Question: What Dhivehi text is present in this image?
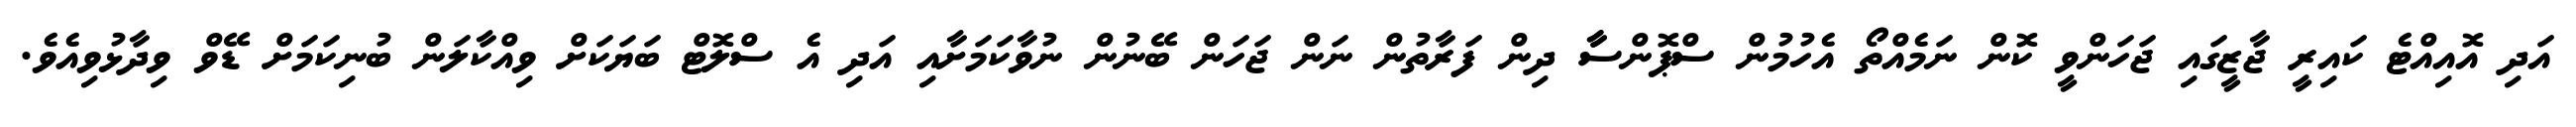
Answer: އަދި އޮއިއްޓެ ކައިރީ ޖާޒީގައި ޖަހަންވީ ކޮން ނަމެއްތޯ އެހުމުން ސްޕޮންސާާ ދިން ފަރާތުން ނަން ޖަހަން ބޭނުން ނުވާކަމަށާއި އަދި އެ ސްލޮޓް ބަޔަކަށް ވިއްކާލަން ބުނިކަމަށް ޑޭވް ވިދާޅުވިއެވެ.